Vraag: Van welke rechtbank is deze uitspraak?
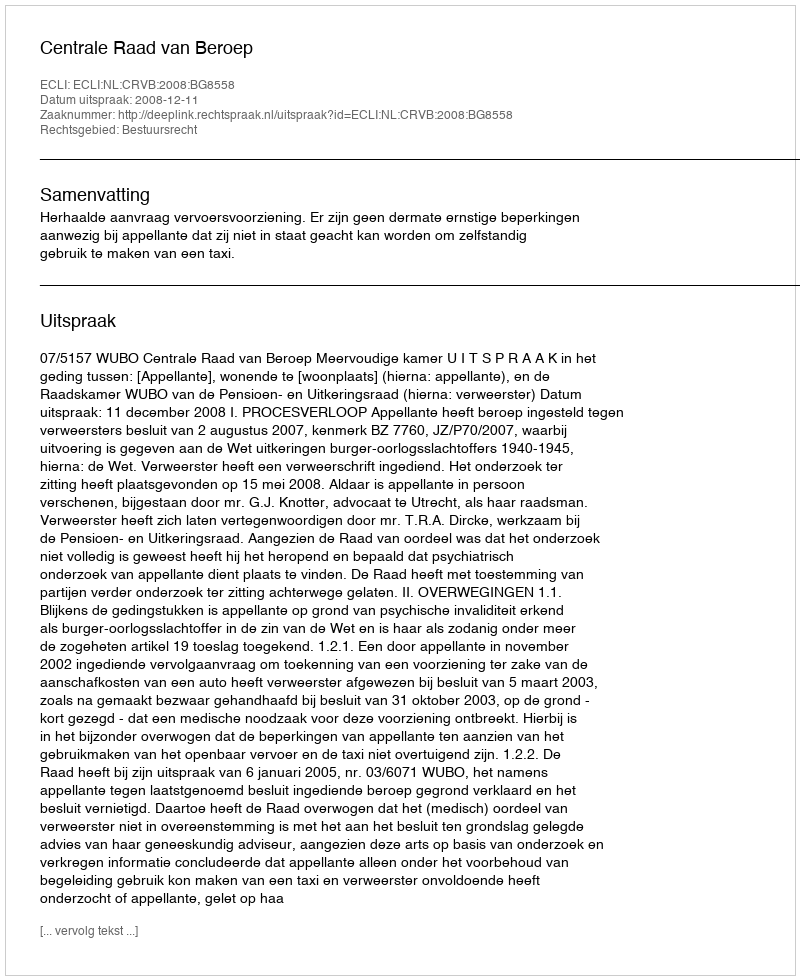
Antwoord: Centrale Raad van Beroep